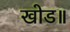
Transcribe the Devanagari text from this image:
खोड॥